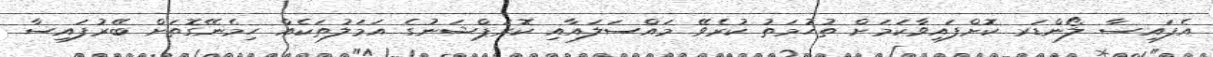
އެފައިސާ ލޯންޑަރ ކޮށްފައިވާކަމަށް ތުހުމަތު ކުރެވޭ މައްސަލައާއި ކޮރަޕްޝަނުގެ އަމަލުތަކެއް ހިމެނޭގޮތަށް ބޭރުފައިސާ